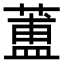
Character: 𦻌